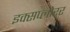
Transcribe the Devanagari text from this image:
इक्सप्लोरर